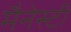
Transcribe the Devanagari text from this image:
मैनेस्टी